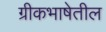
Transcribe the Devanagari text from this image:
ग्रीकभाषेतील